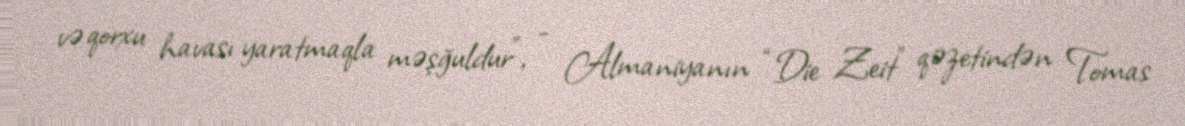
və qorxu havası yaratmaqla məşğuldur”, - Almaniyanın “Die Zeit” qəzetindən Tomas